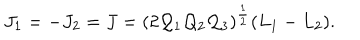
LaTeX: J _ { 1 } = - J _ { 2 } = J = ( 2 { \cal Q } _ { 1 } { \cal Q } _ { 2 } { \cal Q } _ { 3 } ) ^ { \frac { 1 } { 2 } } ( L _ { 1 } - L _ { 2 } ) .